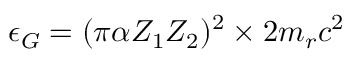
\epsilon _ { G } = ( \pi \alpha Z _ { 1 } Z _ { 2 } ) ^ { 2 } \times 2 m _ { r } c ^ { 2 }